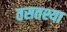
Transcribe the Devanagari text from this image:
तसतश्या